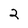
Character: 2